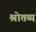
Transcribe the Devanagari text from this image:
श्रोतव्यं